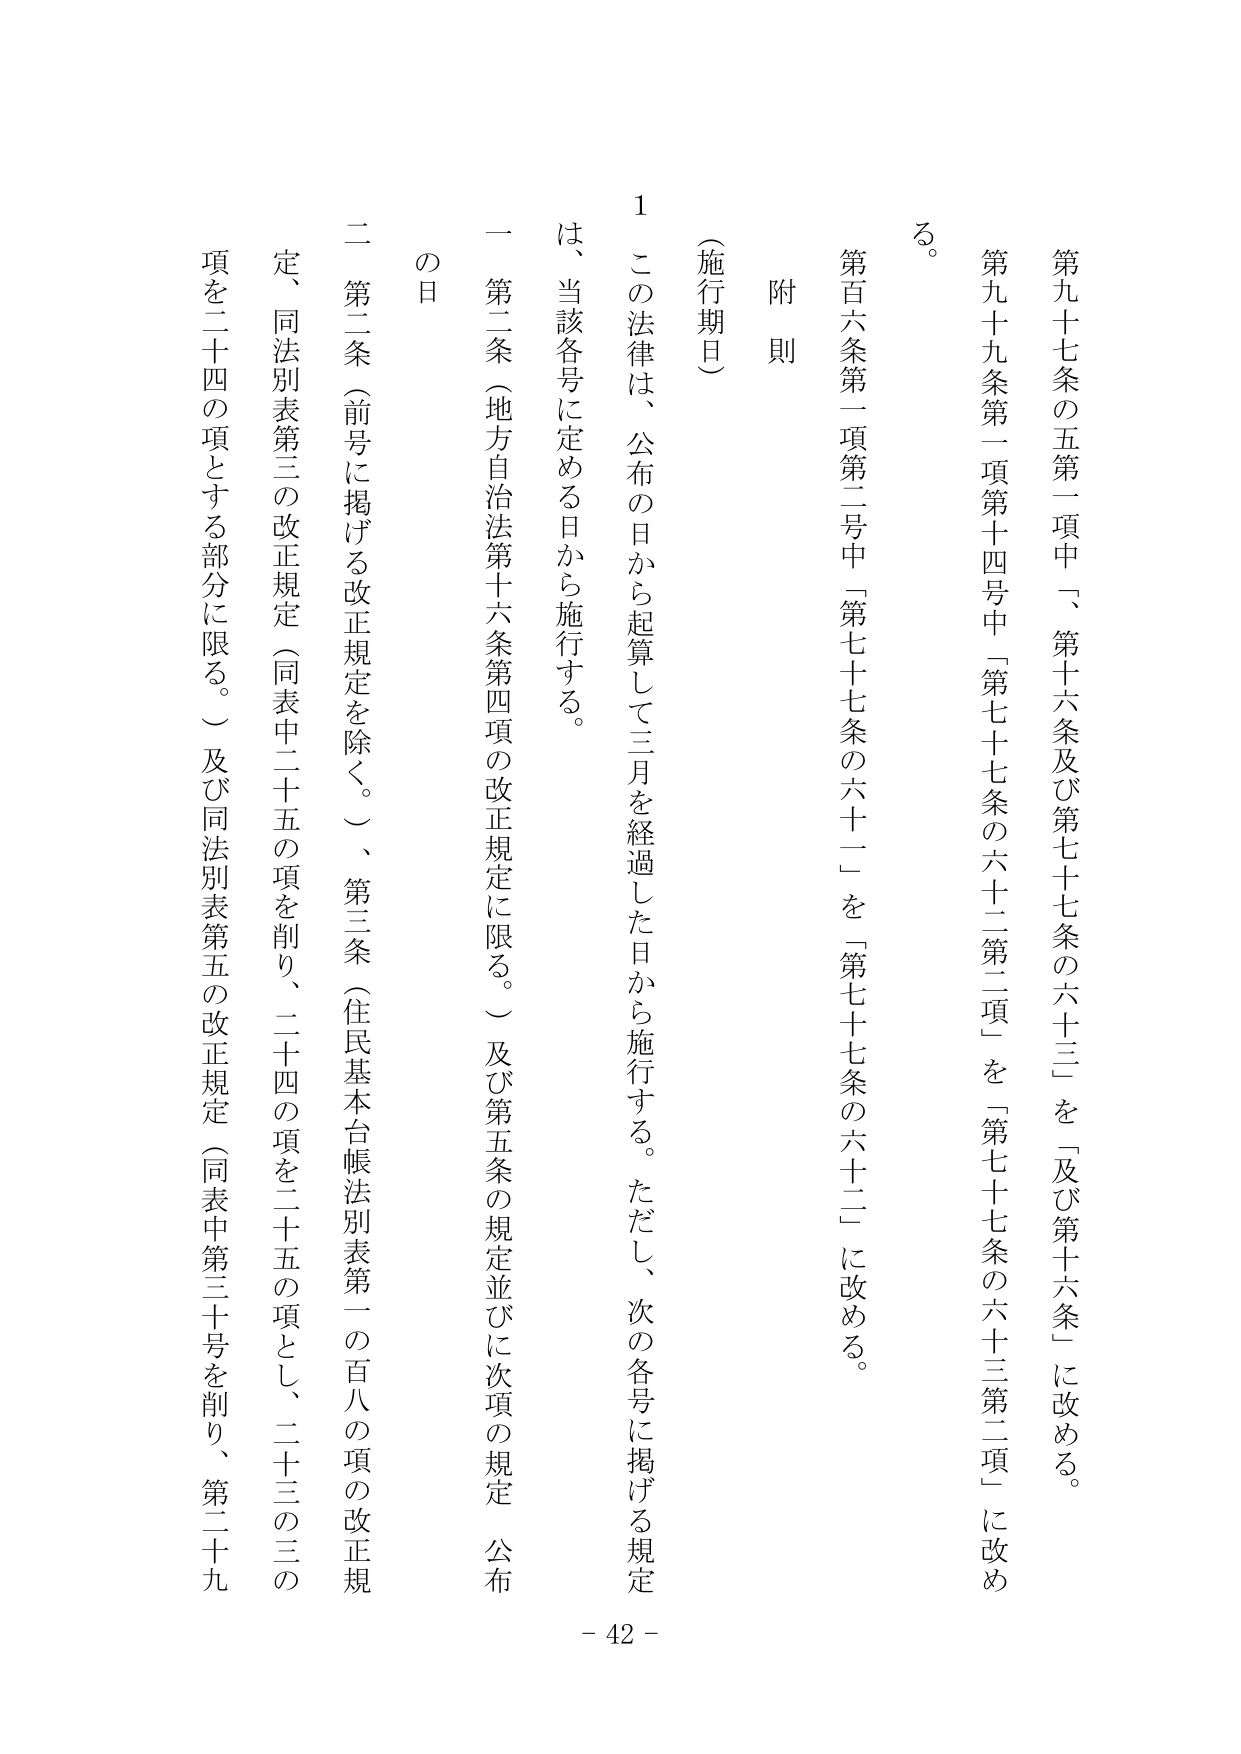
第九十七条の五第一項中「、第十六条及び第七十七条の六十三」を「及び第十六条」に改める。

第九十九条第一項第十四号中「第七十七条の六十二第二項」を「第七十七条の六十三第二項」に改める。

第百六条第一項第二号中「第七十七条の六十二」を「第七十七条の六十二」に改める。

附則

（施行期日）

１ この法律は、公布の日から起算して三月を経過した日から施行する。ただし、次の各号に掲げる規定は、当該各号に定める日から施行する。

一 第二条（地方自治法第十六条第四項の改正規定に限る。）及び第五条の規定並びに次項の規定 公布の日

二 第二条（前号に掲げる改正規定を除く。）、第三条（住民基本台帳法別表第一の百八の項の改正規定、同法別表第三の改正規定（同表中二十五の項を削り、二十四の項を二十五の項とし、二十三の三の項を二十四の項とする部分に限る。）及び同法別表第五の改正規定（同表中第三十号を削り、第二十九

- 42 -